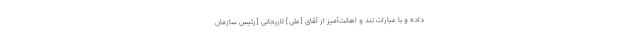
داده و با عبارات تند و اهانت‌آمیز از آقاى [علی] لاریجانى [رئیس سازمان